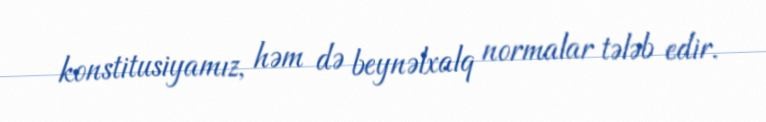
konstitusiyamız, həm də beynəlxalq normalar tələb edir.